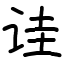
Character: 诖